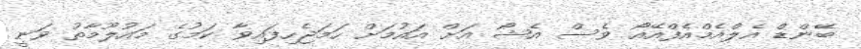
ބޭންޑް އެލްއެމްއެފްއޭއޯ ވެސް އެޝޯ އަށް އައުމަށް ހަމަޖެހިފައިވާ ކަމުގެ މައުލޫމާތު ވަނީ